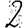
Digit: 2